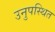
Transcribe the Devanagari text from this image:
उनुपस्थित